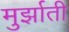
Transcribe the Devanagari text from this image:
मुर्झाती